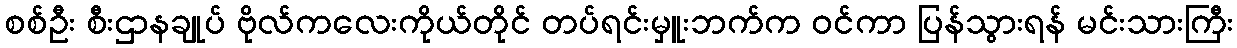
စစ်ဦး စီးဌာနချုပ် ဗိုလ်ကလေးကိုယ်တိုင် တပ်ရင်းမှူးဘက်က ဝင်ကာ ပြန်သွားရန် မင်းသားကြီး